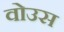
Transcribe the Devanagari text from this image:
वोउस